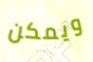
ويمكن